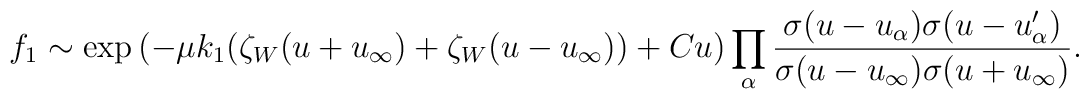
f_1\sim\exp\left(-\mu k_1(\zeta_W(u+u_\infty)+\zeta_W(u-u_\infty))+Cu\right)\prod_\alpha \frac{\sigma(u-u_\alpha)\sigma(u-u'_\alpha)}{\sigma(u-u_\infty)\sigma(u+u_\infty)}.